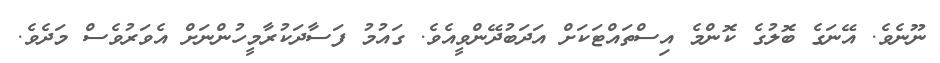
ނޫނެވެ. އޭނަގެ ބޮލުގެ ކޮންމެ އިސްތައްޓަކަށް އަދަބުދޭންވީއެވެ. ގައުމު ފަސާދަކުރާމީހުންނަށް އެވަރުވެސް މަދެވެ.